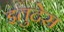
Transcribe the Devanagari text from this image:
इतुदेस